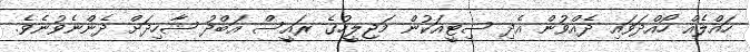
ހައްލެއް ހޯއްދަވައި ދެއްވުން އެދި ސިޓީއަކުން މަޖިލީހުގެ ރައީސް އަބްދު ޝާހިދަށް ދެންނެވުނެވެ.